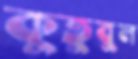
কুতুবুল